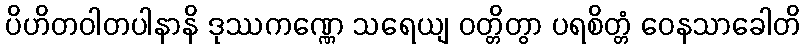
ပိဟိတဝါတပါနာနိ ဒုဿကဏ္ဏေ သရေယျ ဝတ္တိတွာ ပရစိတ္တံ ဝေနသာခေါတိ